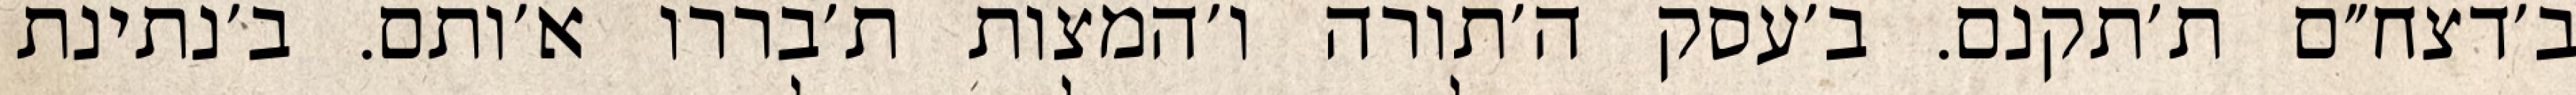
ב׳דצח״ם ת׳תקנם. ב׳עסק ה׳תורה ו׳המצות ת׳בררו א׳ותם. ב׳נתינת